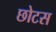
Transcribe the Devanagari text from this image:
छोटस